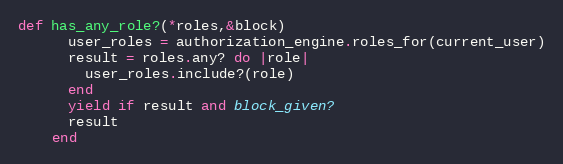
Language: Ruby
def has_any_role?(*roles,&block)
      user_roles = authorization_engine.roles_for(current_user)
      result = roles.any? do |role|
        user_roles.include?(role)
      end
      yield if result and block_given?
      result
    end